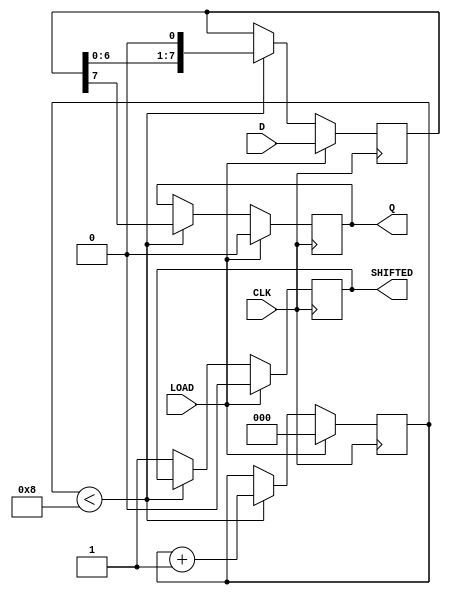
module PISO_Register (
    input wire [7:0] D,      // 8-bit data input
    input wire LOAD,         // Load control signal
    input wire CLK,          // Clock signal
    output reg Q,            // Serial output
    output reg SHIFTED       // Signal indicating when the data has been shifted out
);

    reg [7:0] shift_reg;     // Internal 8-bit register to hold data
    reg [2:0] bit_count;     // Counter for the number of bits shifted out

    // Initial state
    initial begin
        shift_reg = 8'b0;
        Q = 1'b0;
        SHIFTED = 1'b0;
        bit_count = 3'b0;
    end

    always @(posedge CLK) begin
        if (LOAD) begin
            // Load data into the shift register
            shift_reg <= D;
            Q <= 1'b0; // Set Q to low during loading
            bit_count <= 3'b0; // Reset bit counter
            SHIFTED <= 1'b0; // Reset shifted signal
        end else begin
            if (bit_count < 8) begin
                // Shift out the MSB to Q
                Q <= shift_reg[7]; // Output the MSB
                // Shift the register left
                shift_reg <= {shift_reg[6:0], 1'b0}; // Shift left and fill LSB with 0
                bit_count <= bit_count + 1; // Increment bit counter
            end else begin
                // All bits have been shifted out
                SHIFTED <= 1'b1; // Indicate that shifting is complete
            end
        end
    end

endmodule